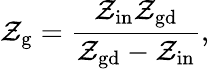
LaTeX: \mathcal{Z}_{\mathrm{{g}}}=\frac{{\mathcal{Z}_{\mathrm{{in}}}\mathcal{Z}_{\mathrm{{gd}}}}}{{\mathcal{Z}_{\mathrm{{gd}}}-\mathcal{Z}_{\mathrm{{in}}}}},